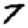
Digit: 7